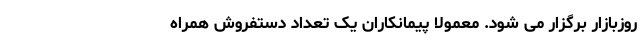
روزبازار برگزار می شود. معمولا پیمانکاران یک تعداد دستفروش همراه